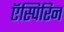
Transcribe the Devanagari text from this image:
ऍस्पिरिन